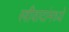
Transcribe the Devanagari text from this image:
स्त्रीवादांमध्ये